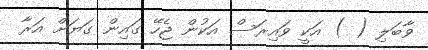
ވާބަލި ( ) އަކީ ވައިރަސް އަކުން ޖެހޭ ގައިން ގަޔަށް އަރާ